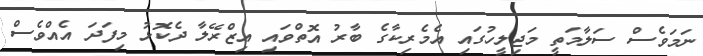
ނަމަވެސް ސަލާމަތީ މަޖިލީހުގައި އެމެރިކާގެ ބާރު އޮތްވައި އިޒްރޭލާ ދެކޮޅު މިފަދަ އެއްވެސް